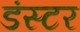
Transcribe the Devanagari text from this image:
डंस्टर